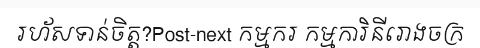
រហ័សទាន់ចិត្ត?Post-next កម្មករ កម្មការិនីរោងចក្រ